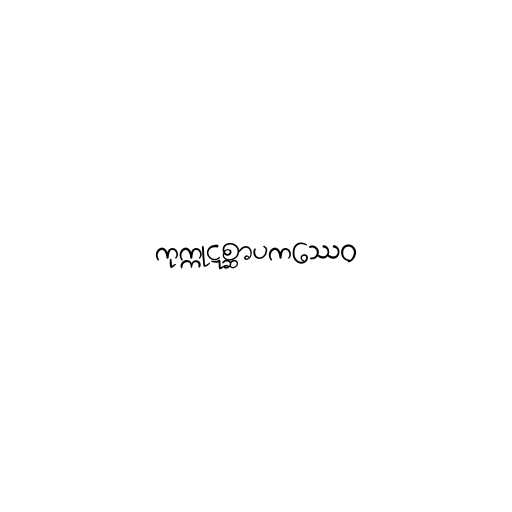
ကုက္ကုဋစ္ဆာပကဿေဝ